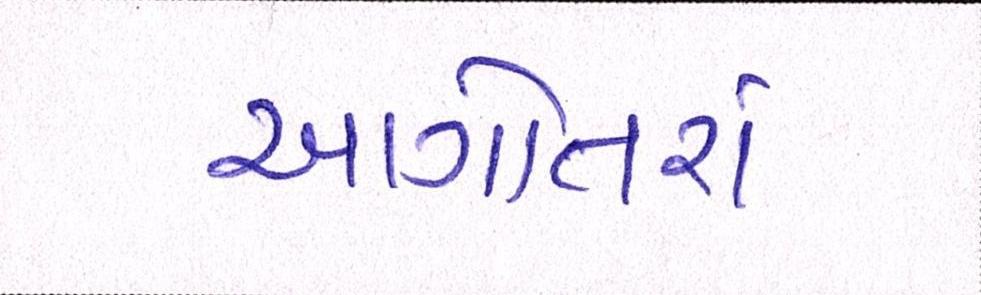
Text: આગોતરાં